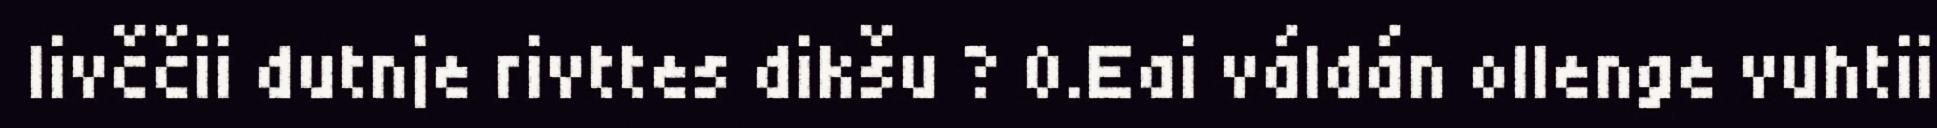
livččii dutnje rivttes dikšu ? 0.Eai váldán ollenge vuhtii